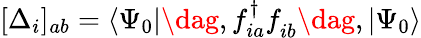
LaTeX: [\Delta_{i}]_{ab}=\langle\Psi_{0}|\dag,f_{ia}^{\dagger}f_{ib}^{\phantom{\dagger}}\dag,|\Psi_{0}\rangle